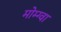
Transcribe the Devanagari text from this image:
मोम्ग्वा